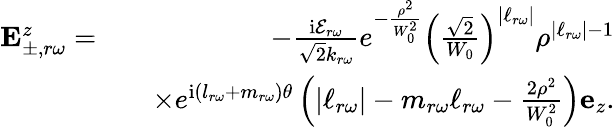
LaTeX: \begin{array}{rlr}{\mathbf{E}_{\pm,r\omega}^{z}=}&{}&{-\frac{\mathrm{i}\mathcal{E}_{r\omega}}{\sqrt{2}k_{r\omega}}e^{-\frac{\rho^{2}}{W_{0}^{2}}}\left(\frac{\sqrt{2}}{W_{0}}\right)^{|\ell_{r\omega}|}\rho^{|\ell_{r\omega}|-1}}\\ &{}&{\times e^{\mathrm{i}(l_{r\omega}+m_{r\omega})\theta}\left(|\ell_{r\omega}|-m_{r\omega}\ell_{r\omega}-\frac{2\rho^{2}}{W_{0}^{2}}\right)\mathbf{e}_{z}.}\end{array}